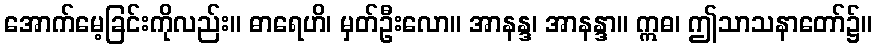
အောက်မေ့ခြင်းကိုလည်း။ ဓာရေဟိ၊ မှတ်ဦးလော။ အာနန္ဒ၊ အာနန္ဒာ။ ဣဓ၊ ဤသာသနာတော်၌။